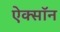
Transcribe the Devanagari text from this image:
ऐक्सॉन